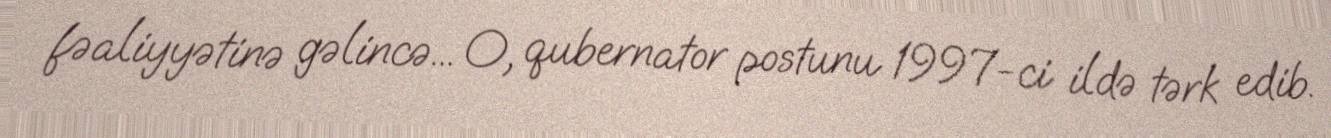
fəaliyyətinə gəlincə... O, qubernator postunu 1997-ci ildə tərk edib.